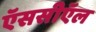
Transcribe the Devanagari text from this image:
ऍससीऍल